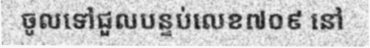
ចូលទៅជួលបន្ទប់លេខ៧០៩ នៅ